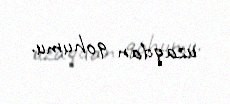
uzaqdan qohumu.